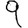
Digit: 9